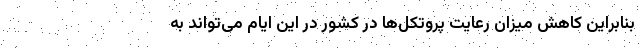
بنابراین کاهش میزان رعایت پروتکل‌ها در کشور در این ایام می‌تواند به